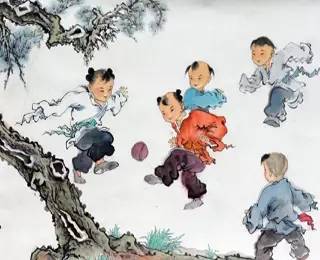
冥冥重泉哭不闻，萧萧暮雨人归去。